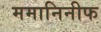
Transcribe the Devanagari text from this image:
ममानिनीफ